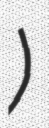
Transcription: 西安国瑞国际金融中心)